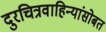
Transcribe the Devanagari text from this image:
दुरचित्रवाहिन्यांसोबत